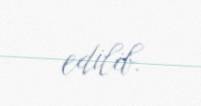
edilib.